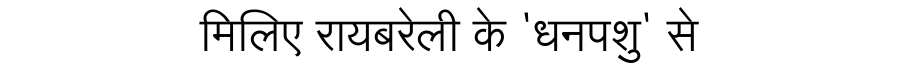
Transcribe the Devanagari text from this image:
मिलिए रायबरेली के 'धनपशु' से